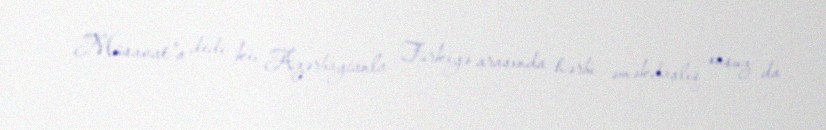
Müsavat”a dedi ki, Azərbaycanla Türkiyə arasında hərbi əməkdaşlıq onsuz da